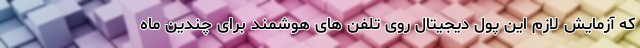
که آزمایش لازم این پول دیجیتال روی تلفن های هوشمند برای چندین ماه